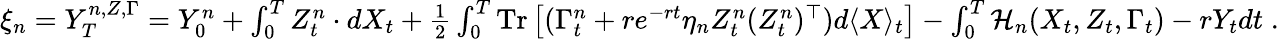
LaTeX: \begin{array}{r}{\xi_{n}=Y_{T}^{n,Z,\Gamma}=Y_{0}^{n}+\int_{0}^{T}Z_{t}^{n}\cdot dX_{t}+\frac 12\int_{0}^{T}\mathrm{Tr}\left[(\Gamma_{t}^{n}+re^{-rt}\eta_{n}Z_{t}^{n}(Z_{t}^{n})^{\top})d\langle X\rangle_{t}\right]-\int_{0}^{T}\mathcal{H}_{n}(X_{t},Z_{t},\Gamma_{t})-rY_{t}dt\; .}\end{array}